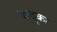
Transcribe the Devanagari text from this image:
जादूका